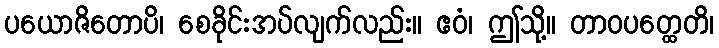
ပယောဇိတောပိ၊ စေခိုင်းအပ်လျက်လည်း။ ဧဝံ၊ ဤသို့။ တာဝပတ္ထေတိ၊